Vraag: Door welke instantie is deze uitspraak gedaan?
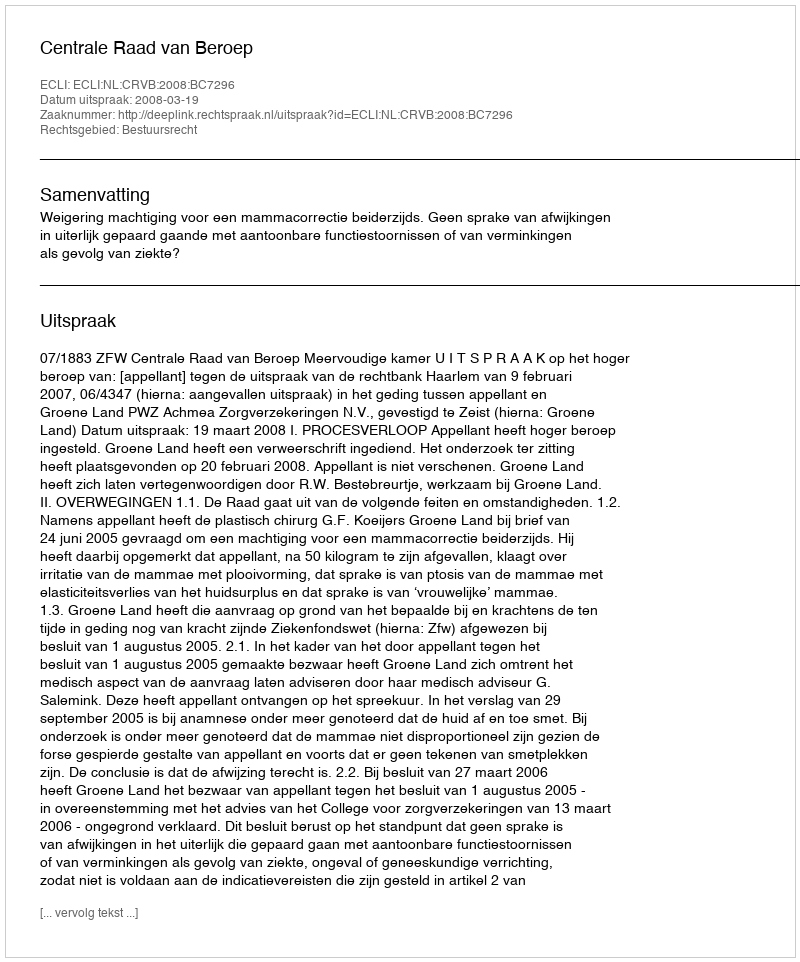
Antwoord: Centrale Raad van Beroep